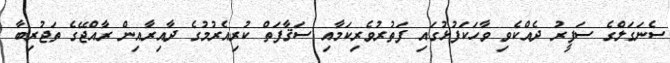
ސެނަގަލްގެ ސަފީރު ދެއްކެވި ވާހަކަފުޅުގައި ފަތުރުވެރިކަމާއި ސަޤާފަތް ކުރިއެރުމުގެ ދާއިރާއިން ރާއްޖޭގެ ތަޖުރިބާ